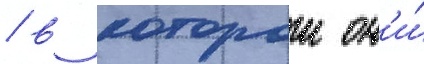
/ в которои он'и́